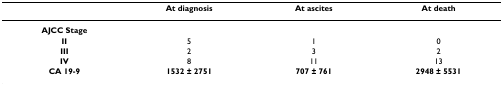
|  | At diagnosis | At ascites | At death |
 | --- | --- | --- | --- |
 | AJCC Stage |  |  |  |
 | II | 5 | 1 | 0 |
 | III | 2 | 3 | 2 |
 | IV | 8 | 11 | 13 |
 | CA 19-9 | 1532 ± 2751 | 707 ± 761 | 2948 ± 5531 |